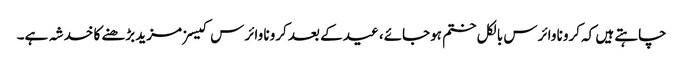
چاہتے ہیں کہ کرونا وائرس بالکل ختم ہوجائے، عید کے بعد کرونا وائرس کیسز مزید بڑھنے کا خدشہ ہے۔